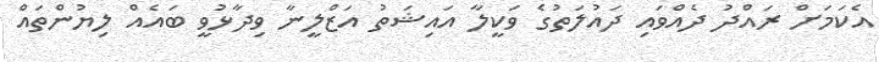
އެކަމަށް ރައްދު ދެއްވައި ދައުލަތުގެ ވަކީލާ އައިޝަތު އަޒްލީނާ ވިދާޅުވީ ބައެއް ލިޔުންތައް